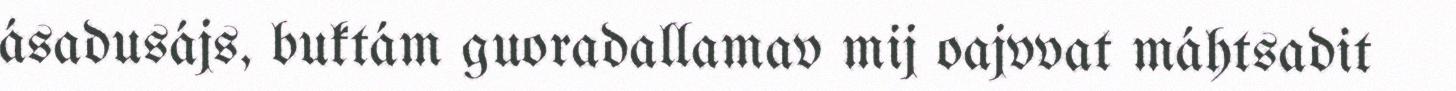
ásadusájs, buktám guoradallamav mij oajvvat máhtsadit